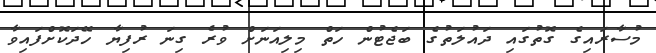
މުސާރައިގެ ގޮތުގައި ދައުލަތުގެ ބަޖެޓުން ހަތް މިލިއަނަށް ވުރެ ގިނަ ރުފިޔާ ހޭދަކޮށްފައިވާ